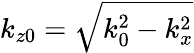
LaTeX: k_{z0}=\sqrt{k_{0}^{2}-k_{x}^{2}}